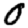
Digit: 0